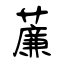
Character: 薕